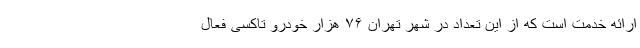
ارائه خدمت است که از این تعداد در شهر تهران ۷۶ هزار خودرو تاکسی فعال